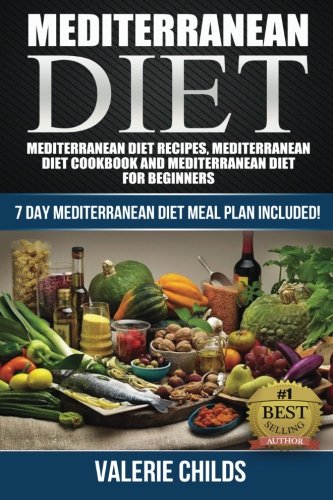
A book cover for Mediterranean Diet: Mediterranean Diet Recipes, Mediterranean Diet Cookbook and Mediterranean Diet Guide for Beginners!! 7 DAY MEDITERRANEAN DIET MEAL ... POWER OF THE MEDITERRANEAN DIET! ) (Volume 1); Valerie Childs; Health, Fitness & Dieting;